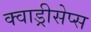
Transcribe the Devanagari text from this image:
क्वाड्रीसेप्स